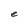
Character: e